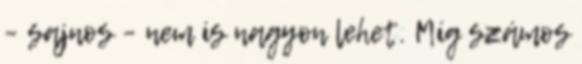
– sajnos – nem is nagyon lehet. Míg számos